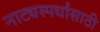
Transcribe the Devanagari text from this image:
नाट्यस्पर्धांसाठी